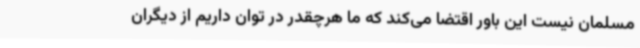
مسلمان نیست این باور اقتضا می‌کند که ما هرچقدر در توان داریم از دیگران